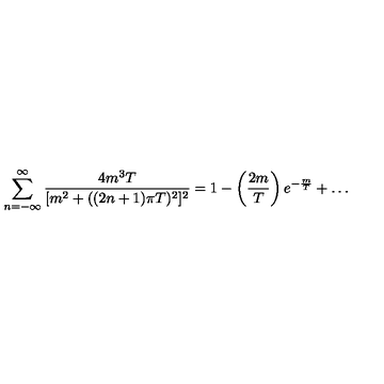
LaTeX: \sum _ { n = - \infty } ^ { \infty } \frac { 4 m ^ { 3 } T } { [ m ^ { 2 } + ( ( 2 n + 1 ) \pi T ) ^ { 2 } ] ^ { 2 } } = 1 - \left( \frac { 2 m } { T } \right) e ^ { - \frac { m } { T } } + \dots